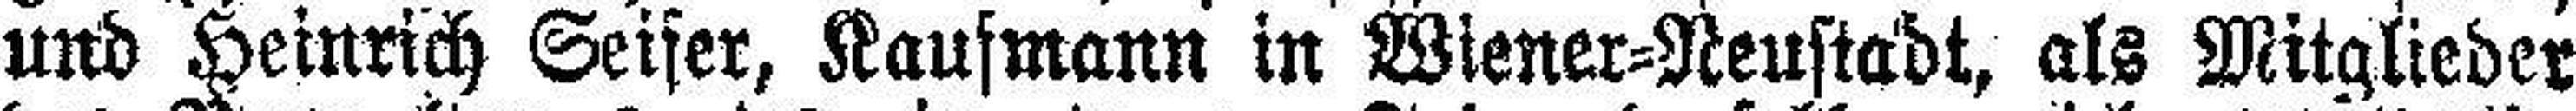
und Heinrich Seifer, Kaufmann in Wiener=Neustadt, als Mitglieder